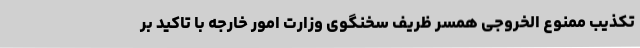
تکذیب ممنوع الخروجی همسر ظریف سخنگوی وزارت امور خارجه با تاکید بر